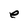
Character: e